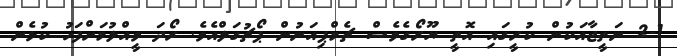
2-1 ނަތީޖާއަކުން ކުރީގައި އޮތީ ޔޫރޯގެވެސް ޗެމްޕިއަނުން ޕޯޗުގަލްއެވެ. ރޯދަ ވީއްލުމަށްފަހު ކުޅެން